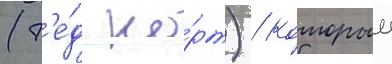
(т'е́д но́рт) / которыи